Vaccination in Bombay 1889-1901 - 1889-1901
Year: 1889
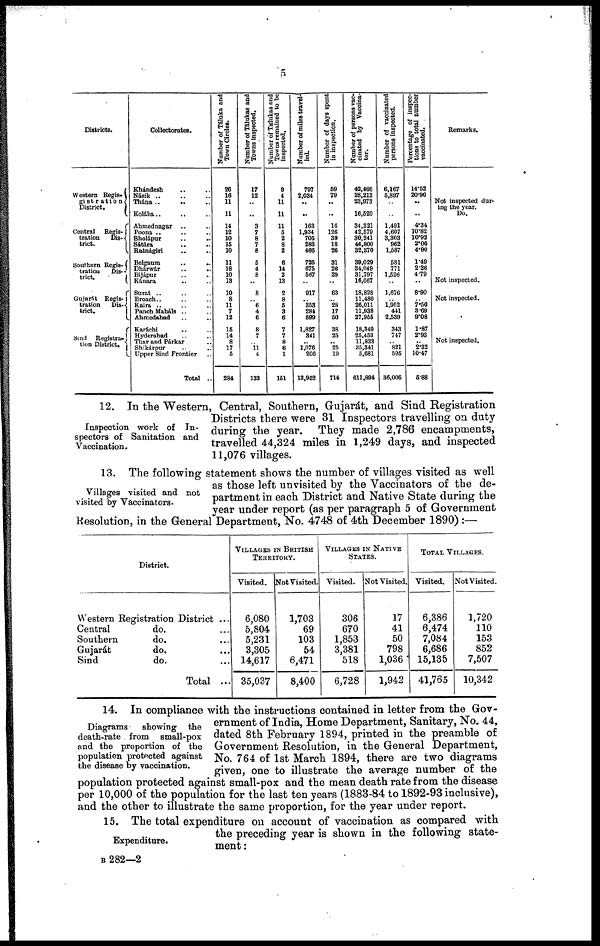
5
Districts.
Western Regis¬
gistration
District.
Central Regis¬
tration
Dis¬
trict.
Southern Regis¬
tration
Dis¬
trict.
Gujarát Regis¬
tration
Dis¬
trict.
Sind Registra¬
tion District.
Collectorates.
Khándesh .. ..
Násik .. .. ..
Thána ..
.. ..
Kolába .. .. ..
Ahmednagar .. ..
Poona .. .. ..
Sholápur .. ..
Sátára .. ..
Ratnágiri .. ..
Belgaum
..
..
Dhárwár
..
..
Bijápur .. ..
Kánara
.. ..
Surat .. .. ..
Broach .. ..
Kaira
..
..
Panch Maháls .. ..
Ahmedabad .. ..
Karáchi .. ..
Hyderabad .. ..
Thar and Párkar .. ..
Shikárpur .. ..
Upper Sind Frontier
Total ..
Number of Táluka and
Town Circles.
26
16
11
1
14
12
10
15
10
11
18
10
13
10
8
11
7
12
15
14
8
17
5
284
Number of Tálukas and
Towns inspected.
17
12
..
..
3
7
8
7
8
6
4
8
..
8
.. 6
4
6
8
7
.. 11
4
133
Number of Tálukas and
Towns remained to be
inspected.
9
4
11
11
11
5
2
8
2
6
14
2
13
2
8
6
3
6
7
7
8
6
1
161
Number of miles travel
led.
797
2,034
..
..
163
1,934
705
283
466
725
675
567
..
917
.. 353
284
599
1,827
341
..
1,076
206
13,962
Number of days spent
in inspection.
59
79
..
..
16
126
39
18
26
31
26
29
..
63
... 28
17
50
38
25
.. 25
19
714
Number of persons vac-
cinated by Vaccina¬
tor.
42,466
28,213
23,973
16,620
34,321
42,579
30,241
46,800
32,370
39,029
34,049
31,797
16,667
18,828
11,480
26,011
11,938
27,955
18,349
25,453
11,833
35,341
5,681
611,894
Number of vaccinated
persons inspected.
6,167
5,897
..
..
1,491
4,607
3,303
962
1,587
581
771
1,526
..
1,676
.. 1,952
441
2,539
343
747
.. 821
595
36,006
Percentage of inspec-
tions to total number
vaccinated.
14.52
20.90
..
..
4.34
10.82
10.92
2.06
4.90
1.49
2.26
4.79
..
8.90
.. 7.50
3.69
9.08
1.87
2.93
..
2.32
10.47
5.88
Remarks.
Not inspected dur¬
ing the year.
Do.
Not inspected.
Not inspected.
Not inspected.
Inspection work of In-
spectors of Sanitation and
Vaccination.
12. In the Western, Central, Southern, Gujarát, and Sind Registration
Districts there were 31 Inspectors travelling on duty
during the year. They made 2,786 encampments,
travelled 44,324 miles in 1,249 days, and inspected
11,076 villages.
Villages visited and not
visited by Vaccinators.
13. The following statement shows the number of villages visited as well
as those left unvisited by the Vaccinators of the de-
partment in each District and Native State during the
year under report (as per paragraph 5 of Government
Resolution, in the General Department, No. 4748 of 4th December 1890) :—
District.
Western Registration District ...
Central
do. ...
Southern
do. ...
Gujarát
do. ...
Sind
do. ...
Total ...
VILLAGES IN BRITISH
TERRITORY.
Visited.
6,080
5,804
5,231
3,305
14,617
35,037
Not Visited.
1,703
69
103
54
6,471
8,400
VILLAGES IN NATIVE
STATES.
Visited.
306
670
1,853
3,381
518
6,728
Not Visited.
17
41
50
798
1,036
1,942
TOTAL VILLAGES.
Visited.
6,386
6,474
7,084
6,686
15,135
41,765
Not Visited.
1,720
110
153
852
7,507
10,342
Diagrams
showing the
death-rate . from small-pox
and the proportion of the
population protected against
the disease by vaccination.
14. In compliance with the instructions contained in letter from the Gov-
ernment of India, Home Department, Sanitary, No. 44,
dated 8th February 1894, printed in the preamble of
Government Resolution, in the General Department,
No. 764 of 1st March 1894, there are two diagrams
given, one to illustrate the average number of the
population protected against small-pox and the mean death rate from the disease
per 10,000 of the population for the last ten years (1883-84 to 1892-93 inclusive),
and the other to illustrate the same proportion, for the year under report.
Expenditure.
15. The total expenditure on account of vaccination as compared with
the preceding year is shown in the following state-
ment:
B 282—2